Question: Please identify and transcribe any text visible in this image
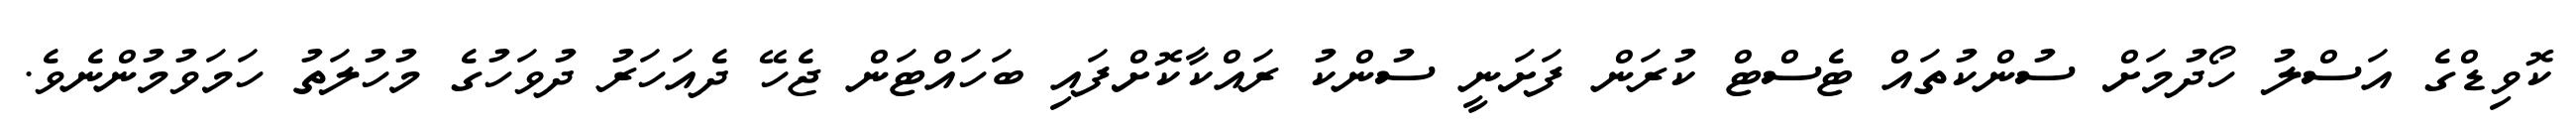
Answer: ކޮވިޑްގެ އަސްލު ހޯދުމަށް ސުންކުތައް ޓެސްޓް ކުރަން ފަށަނީ ސުންކު ރައްކާކޮށްފައި ބަހައްޓަން ޖެހޭ ދެއަހަރު ދުވަހުގެ މުހުލަތު ހަމަވުމުންނެވެ.